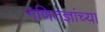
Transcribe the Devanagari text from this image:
गणितज्ञांच्या